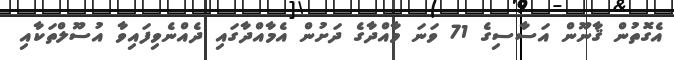
އެގޮތުން ޤާނޫން އަސާސިގެ 71 ވަނަ މާއްދާގެ ދަށުން އެމާއްދާގައި ދެއްނެވިފައިވާ އުސޫލްތަކާއި